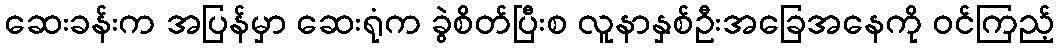
ဆေးခန်းက အပြန်မှာ ဆေးရုံက ခွဲစိတ်ပြီးစ လူနာနှစ်ဦးအခြေအနေကို ဝင်ကြည့်